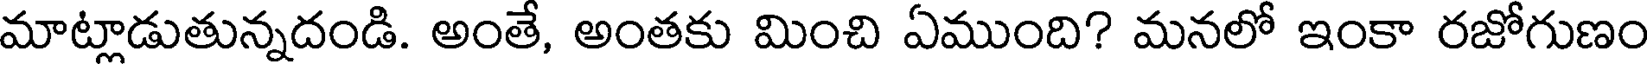
మాట్లాడుతున్నదండి. అంతే, అంతకు మించి ఏముంది? మనలో ఇంకా రజోగుణం